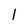
Character: 1